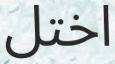
اختل